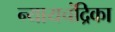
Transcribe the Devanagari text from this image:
न्यायचंद्रिका